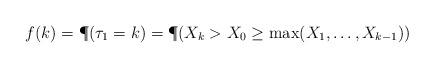
LaTeX: \begin{align*}f(k)=\P(\tau_1=k)=\P(X_k>X_0\ge\max(X_1,\dots,X_{k-1}))\end{align*}